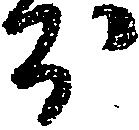
ほ